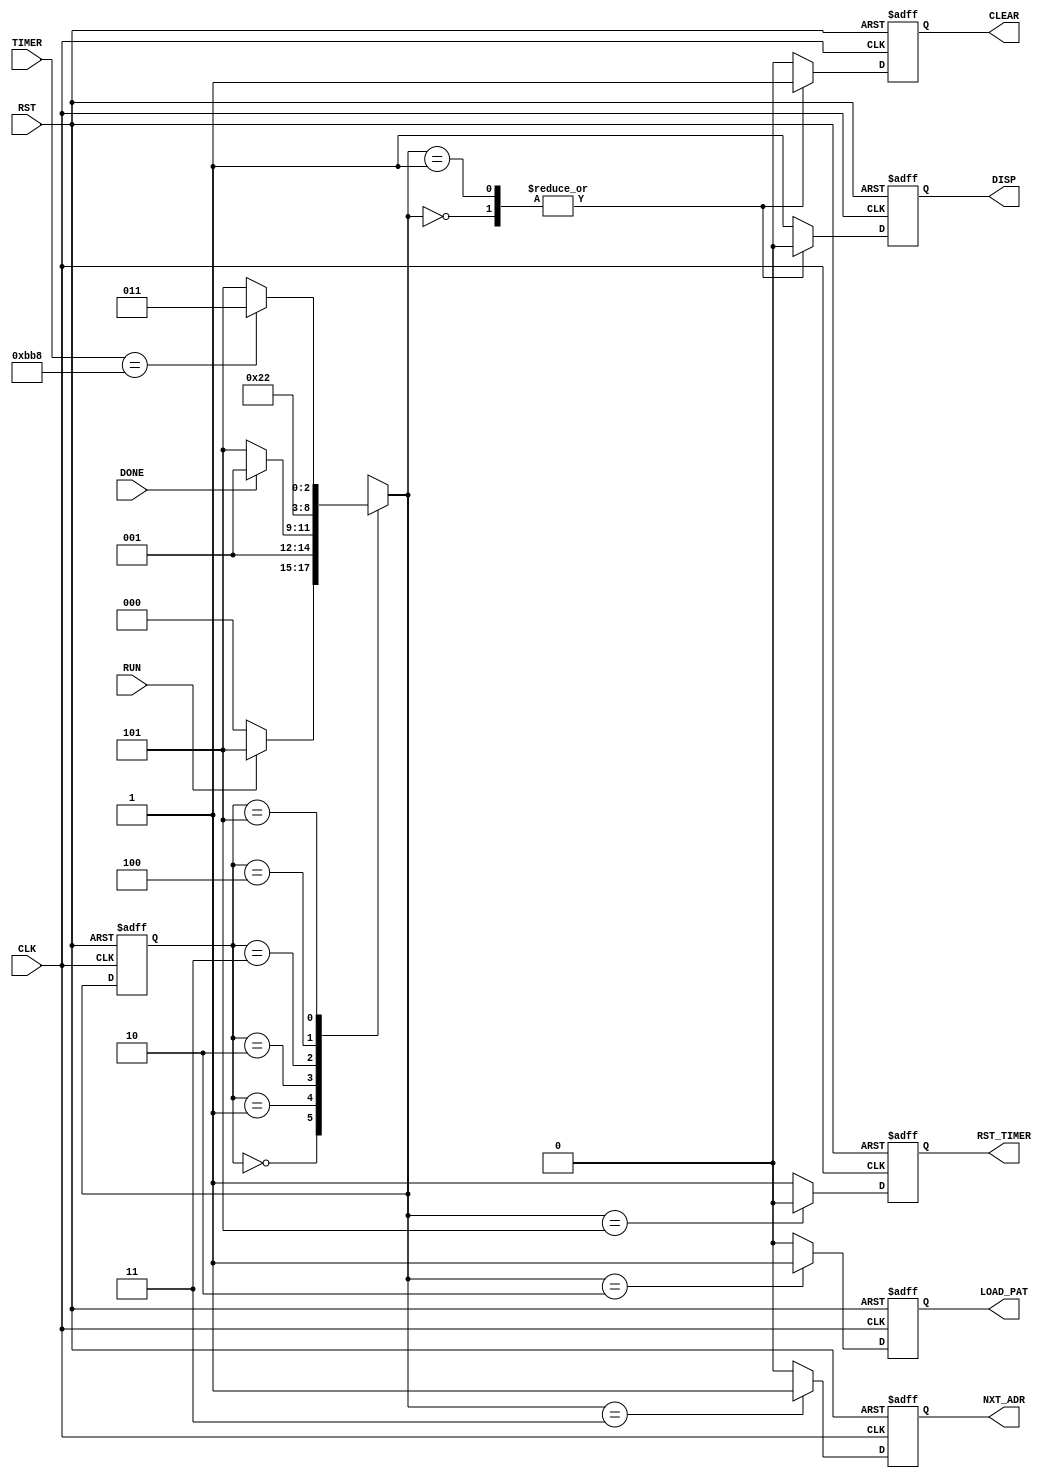

// Created by fizzim_tmr.pl version $Revision: 4.44 on 2014:09:02 at 14:34:13 (www.fizzim.com)

module Startup_Display_FSM (
  output reg CLEAR,
  output reg DISP,
  output reg LOAD_PAT,
  output reg NXT_ADR,
  output reg RST_TIMER,
  input CLK,
  input DONE,
  input RST,
  input RUN,
  input wire [15:0] TIMER 
);

  // state bits
  parameter 
  Reset = 3'b000, 
  End   = 3'b001, 
  Load  = 3'b010, 
  Next  = 3'b011, 
  Skip  = 3'b100, 
  Wait  = 3'b101; 

  reg [2:0] state;

  reg [2:0] nextstate;


  // comb always block
  always @* begin
    nextstate = 3'bxxx; // default to x because default_state_is_x is set
    case (state)
      Reset: if (RUN)               nextstate = Wait;
             else                   nextstate = Reset;
      End  :                        nextstate = End;
      Load : if (DONE)              nextstate = End;
             else                   nextstate = Wait;
      Next :                        nextstate = Skip;
      Skip :                        nextstate = Load;
      Wait : if (TIMER == 16'hBB8)  nextstate = Next;
             else                   nextstate = Wait;
    endcase
  end

  // Assign reg'd outputs to state bits

  // sequential always block
  always @(posedge CLK or posedge RST) begin
    if (RST)
      state <= Reset;
    else
      state <= nextstate;
  end

  // datapath sequential always block
  always @(posedge CLK or posedge RST) begin
    if (RST) begin
      CLEAR <= 0;
      DISP <= 1;
      LOAD_PAT <= 0;
      NXT_ADR <= 0;
      RST_TIMER <= 1;
    end
    else begin
      CLEAR <= 0; // default
      DISP <= 1; // default
      LOAD_PAT <= 0; // default
      NXT_ADR <= 0; // default
      RST_TIMER <= 1; // default
      case (nextstate)
        Reset: begin
                      CLEAR <= 1;
                      DISP <= 0;
        end
        End  : begin
                      CLEAR <= 1;
                      DISP <= 0;
        end
        Load :        LOAD_PAT <= 1;
        Next :        NXT_ADR <= 1;
        Wait :        RST_TIMER <= 0;
      endcase
    end
  end

  // This code allows you to see state names in simulation
  `ifndef SYNTHESIS
  reg [39:0] statename;
  always @* begin
    case (state)
      Reset:   statename = "Reset";
      End  :   statename = "End";
      Load :   statename = "Load";
      Next :   statename = "Next";
      Skip :   statename = "Skip";
      Wait :   statename = "Wait";
      default: statename = "XXXXX";
    endcase
  end
  `endif

endmodule